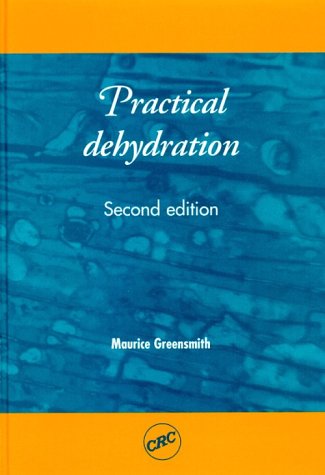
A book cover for Practical Dehydration, Second Edition (Woodhead Publishing Series in Food Science and Technology); Maurice Greensmith; Cookbooks, Food & Wine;